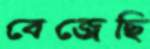
বেজেছি